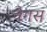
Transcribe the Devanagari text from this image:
वैगस